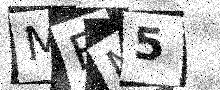
Text: MEN5